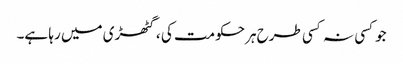
جوکسی نہ کسی طرح ہرحکومت کی ، گٹھڑی میں رہا ہے۔